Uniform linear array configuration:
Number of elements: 24
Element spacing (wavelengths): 0.75
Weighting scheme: hamming
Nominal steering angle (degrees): -60
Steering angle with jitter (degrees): -59.676
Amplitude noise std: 0.05
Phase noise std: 0.05

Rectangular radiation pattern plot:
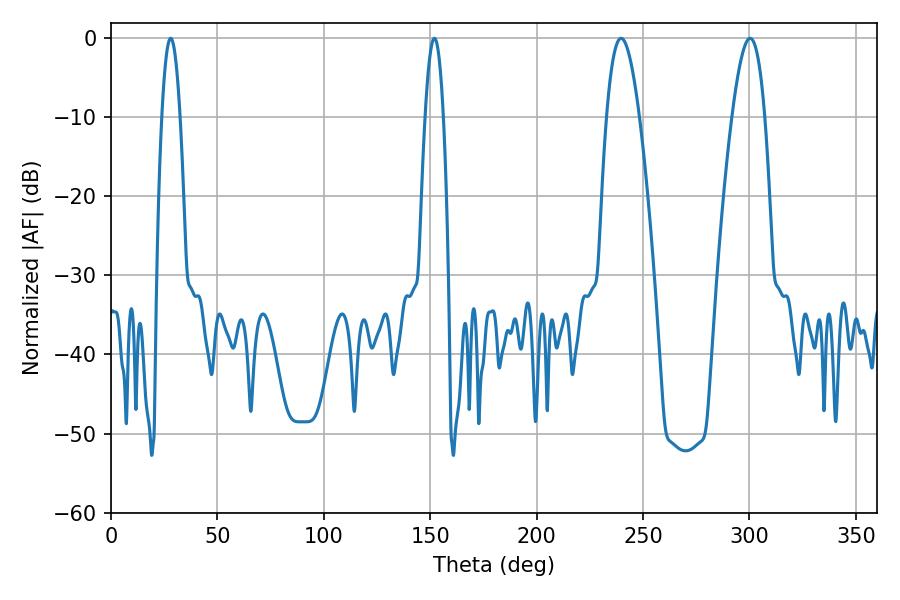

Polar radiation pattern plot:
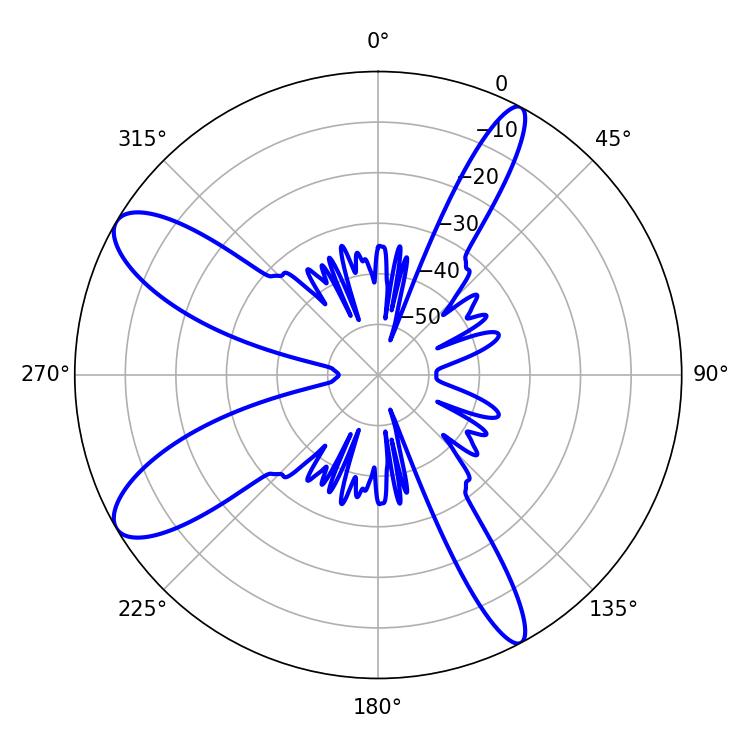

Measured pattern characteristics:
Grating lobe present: TRUE
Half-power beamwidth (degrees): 8.28
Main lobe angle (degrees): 239.76